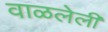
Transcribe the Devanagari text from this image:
वाळलेलीं